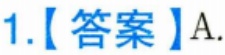
1.【答案】A.